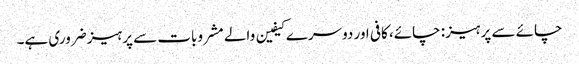
چائے سے پرہیز: چائے، کافی اور دوسرے کیفین والے مشروبات سے پرہیز ضروری ہے۔